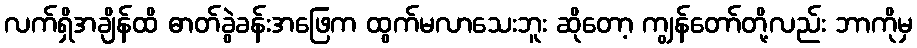
လက်ရှိအချိန်ထိ ဓာတ်ခွဲခန်းအဖြေက ထွက်မလာသေးဘူး ဆိုတော့ ကျွန်တော်တို့လည်း ဘာကိုမှ